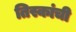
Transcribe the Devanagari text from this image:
तिस्कांची